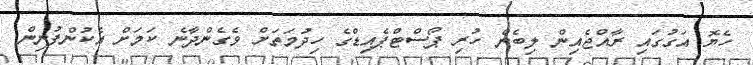
ހެޔޮ އަގުގައި ރާއްޖެއިން ލިބެން ހުރި ޕޯސްޓްޕެއިޑްގެ ހިދުމަތަށް ވެގެންދާނެ ކަމަށް އެކުންފުނިން